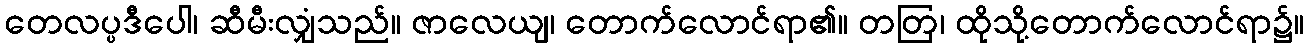
တေလပ္ပဒီပေါ၊ ဆီမီးလျှံသည်။ ဇာလေယျ၊ တောက်လောင်ရာ၏။ တတြ၊ ထိုသို့တောက်လောင်ရာ၌။